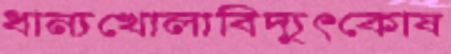
ধান্যখোলাবিদ্যুৎকোষ